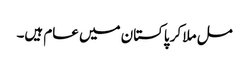
مل ملا کر پاکستان میں عام ہیں۔